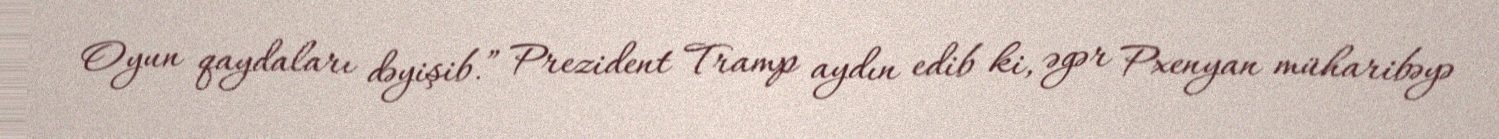
Oyun qaydaları dəyişib.” Prezident Tramp aydın edib ki, əgər Pxenyan müharibəyə